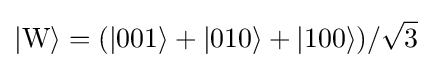
|\mathrm {W} \rangle =(|001\rangle +|010\rangle +|100\rangle )/{\sqrt {3}}